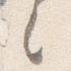
之